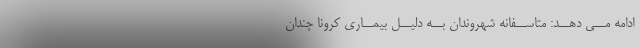
ادامه مــى دهــد: متاســفانه شهروندان بــه دلیــل بیمــارى کرونا چندان